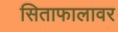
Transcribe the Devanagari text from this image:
सिताफालावर